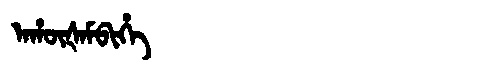
Manchu: ᠠᡥᡡᡧᠠᠮᠪᡳᡥᡝ
Romanization: AHŪŠAMBIHE